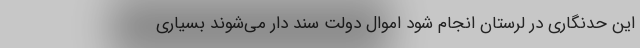
این حدنگاری در لرستان انجام شود اموال دولت سند دار می‌شوند بسیاری